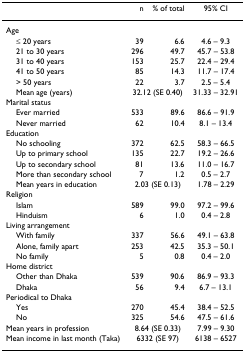
|  | n | % of total | 95% CI |
 | --- | --- | --- | --- |
 | Age |  |  |  |
 | ≤ 20 years | 39 | 6.6 | 4.6 – 9.3 |
 | 21 to 30 years | 296 | 49.7 | 45.7 – 53.8 |
 | 31 to 40 years | 153 | 25.7 | 22.4 – 29.4 |
 | 41 to 50 years | 85 | 14.3 | 11.7 – 17.4 |
 | > 50 years | 22 | 3.7 | 2.5 – 5.4 |
 | Mean age (years) | <COLSPAN=2> 32.12 (SE 0.40) | 31.33 – 32.91 |
 | Marital status |  |  |  |
 | Ever married | 533 | 89.6 | 86.6 – 91.9 |
 | Never married | 62 | 10.4 | 8.1 – 13.4 |
 | Education |  |  |  |
 | No schooling | 372 | 62.5 | 58.3 – 66.5 |
 | Up to primary school | 135 | 22.7 | 19.2 – 26.6 |
 | Up to secondary school | 81 | 13.6 | 11.0 – 16.7 |
 | More than secondary school | 7 | 1.2 | 0.5 – 2.7 |
 | Mean years in education | <COLSPAN=2> 2.03 (SE 0.13) | 1.78 – 2.29 |
 | Religion |  |  |  |
 | Islam | 589 | 99.0 | 97.2 – 99.6 |
 | Hinduism | 6 | 1.0 | 0.4 – 2.8 |
 | Living arrangement |  |  |  |
 | With family | 337 | 56.6 | 49.1 – 63.8 |
 | Alone, family apart | 253 | 42.5 | 35.3 – 50.1 |
 | No family | 5 | 0.8 | 0.4 – 2.0 |
 | Home district |  |  |  |
 | Other than Dhaka | 539 | 90.6 | 86.9 – 93.3 |
 | Dhaka | 56 | 9.4 | 6.7 – 13.1 |
 | Periodical to Dhaka |  |  |  |
 | Yes | 270 | 45.4 | 38.4 – 52.5 |
 | No | 325 | 54.6 | 47.5 – 61.6 |
 | Mean years in profession | <COLSPAN=2> 8.64 (SE 0.33) | 7.99 – 9.30 |
 | Mean income in last month (Taka) | <COLSPAN=2> 6332 (SE 97) | 6138 – 6527 |